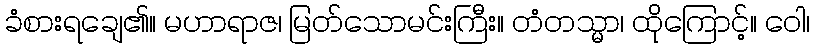
ခံစားရချေ၏။ မဟာရာဇ၊ မြတ်သောမင်းကြီး။ တံတသ္မာ၊ ထိုကြောင့်။ ဝေါ၊